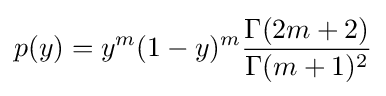
p(y)=y^{m}(1-y)^{m}{\frac {\Gamma (2m+2)}{\Gamma (m+1)^{2}}}